Report on horse surra - Volume I
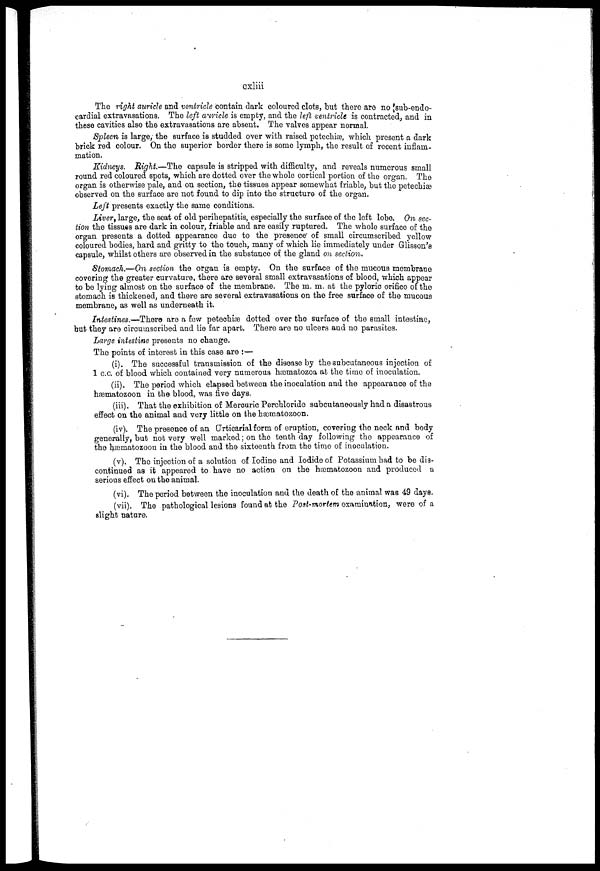
cxliii
The right auricle and ventricle Contain dark coloured clots, but there are no sub-endo-
cardial extravasations. The left auricle is empty, and the left ventricle is contracted, and in
these cavities also the extravasations are absent. The valves appear normal.
Spleen is large, the surface is studded over with raised petechiæ, which present a dark
brick red colour. On the superior border there is some lymph, the result of recent inflam-
mation.
Kidneys. Right.—The capsule is stripped with difficulty, and reveals numerous small
round red coloured spots, which are dotted over the whole cortical portion of the organ. The
organ is otherwise pale, and on section, the tissues appear somewhat friable, but the petechia?
observed on the surface are not found to dip into the structure of the organ.
Left presents exactly the same conditions.
Liver, large, the seat of old perihepatitis, especially the surface of the left lobe. On sec-
tion the tissues are dark in colour, friable and are easily ruptured. The whole surface of the
organ presents a dotted appearance due to the presence of small circumscribed yellow
coloured bodies, hard and gritty to the touch, many of which lie immediately under Glisson's
capsule, whilst others are observed in the substance of the gland on section.
Stomach.—On section the organ is empty. On the surface of the mucous membrane
covering the greater curvature, there are several small extravasations of blood, which appear
to be lying almost on the surface of the membrane. The m. m. at the pyloric orifice of the
stomach is thickened, and there are several extravasations on the free surface of the mucous
membrane, as well as underneath it.
Intestines.—There are a few petechias dotted over the surface of the small intestine,
but they are circumscribed and lie far apart. There are no ulcers and no parasites.
Large intestine presents no change.
The points of interest in this case are :—
(i). The successful transmission of the disease by the subcutaneous injection of
1 c.c. of blood which contained very numerous hæmatozoa at the time of inoculation.
(ii). The period which elapsed between the inoculation and the appearance of the
hæmatozoon in the blood, was five days.
(iii). That the exhibition of Mercuric Perchloride subcutaneously had a disastrous
effect on the animal and very little on the hæmatozoon.
(iv). The presence of an Urticarial form of eruption, covering the neck and body
generally, but not very well marked; on the tenth day following the appearance of
the hæmatozoon in the blood and the sixteenth from the time of inoculation.
(v). The injection of a solution of Iodine and Iodide of Potassium had to be dis-
continued as it appeared to have no action on the hæmatozoon and produced a
serious effect on the animal.
(vi). The period between the inoculation and the death of the animal was 49 days.
(vii). The pathological lesions found at the Post-mortem examination, were of a
slight nature.